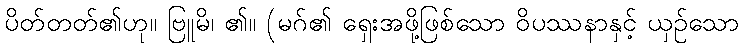
ပိတ်တတ်၏ဟု။ ဗြူမိ၊ ၏။ (မဂ်၏ ရှေးအဖို့ဖြစ်သော ဝိပဿနာနှင့် ယှဉ်သော